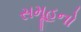
સમૂહનો